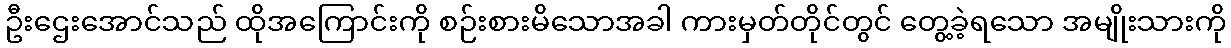
ဦးဌေးအောင်သည် ထိုအကြောင်းကို စဉ်းစားမိသောအခါ ကားမှတ်တိုင်တွင် တွေ့ခဲ့ရသော အမျိုးသားကို